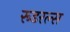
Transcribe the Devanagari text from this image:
रूडरल्स